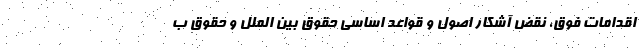
اقدامات فوق، نقض آشکار اصول و قواعد اساسی حقوق بین الملل و حقوق ب